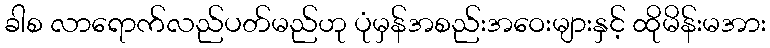
ခါစ လာရောက်လည်ပတ်မည်ဟု ပုံမှန်အစည်းအဝေးများနှင့် ထိုမိန်းမအား